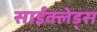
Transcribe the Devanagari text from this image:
साईक्लेड्स